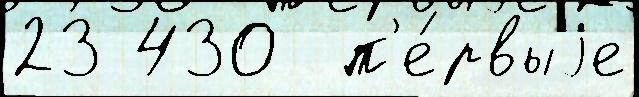
23 430  п'е́рвыjе